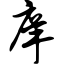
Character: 庠